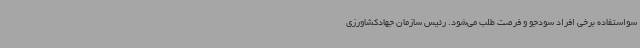
سواستفاده برخی افراد سودجو و فرصت طلب می‌شود. رئیس سازمان جهادکشاورزی